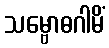
သမ္ဗောဓဂါမိံ